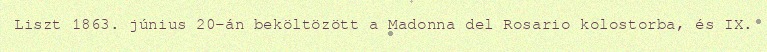
Liszt 1863. június 20-án beköltözött a Madonna del Rosario kolostorba, és IX.